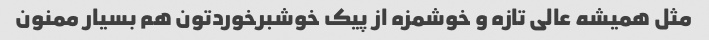
مثل همیشه عالی تازه و خوشمزه از پیک خوشبرخوردتون هم بسیار ممنون